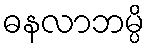
ဓနလာဘမ္ပိ